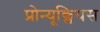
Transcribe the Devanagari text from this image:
प्रोन्यूक्लियस